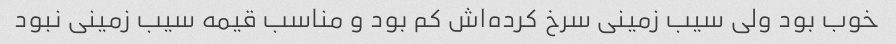
خوب بود ولی سیب زمینی سرخ کرده‌اش کم بود و مناسب قیمه سیب زمینی نبود